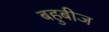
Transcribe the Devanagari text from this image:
बहुबीज